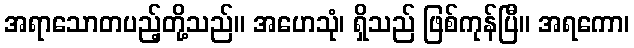
အရာသောတပည့်တို့သည်။ အဟေသုံ၊ ရှိသည် ဖြစ်ကုန်ပြီ။ အရကော၊